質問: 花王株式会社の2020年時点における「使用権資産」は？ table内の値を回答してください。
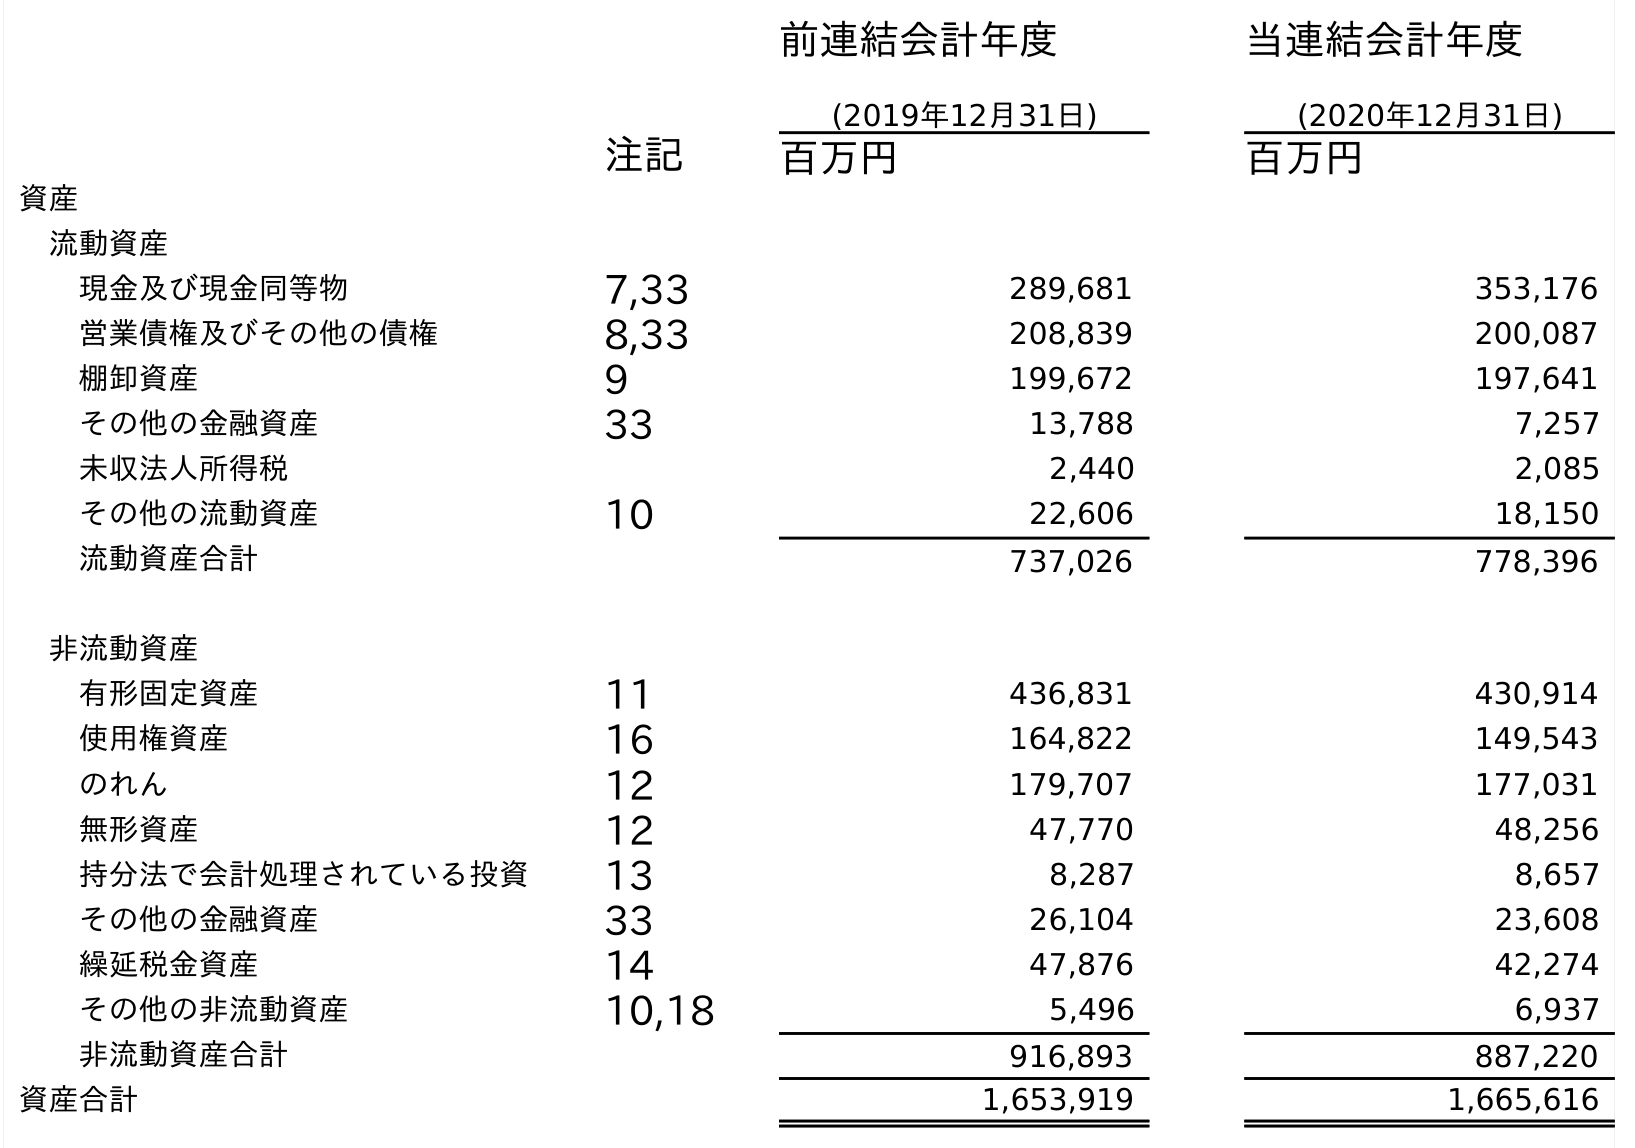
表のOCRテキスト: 前連結会計年度 (2019年12月31日) 当連結会計年度 (2020年12月31日) 注記 百万円 百万円 資産 流動資産 現金及び現金同等物 7,33 289,681 353,176 営業債権及びその他の債権 8,33 208,839 200,087 棚卸資産 9 199,672 197,641 その他の金融資産 33 13,788 7,257 未収法人所得税 2,440 2,085 その他の流動資産 10 22,606 18,150 流動資産合計 737,026 778,396 非流動資産 有形固定資産 11 436,831 430,914 使用権資産 16 164,822 149,543 のれん 12 179,707 177,031 無形資産 12 47,770 48,256 持分法で会計処理されている投資 13 8,287 8,657 その他の金融資産 33 26,104 23,608 繰延税金資産 14 47,876 42,274 その他の非流動資産 10,18 5,496 6,937 非流動資産合計 916,893 887,220 資産合計 1,653,919 1,665,616
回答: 149,543